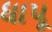
ધાપૂ